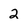
Character: 2